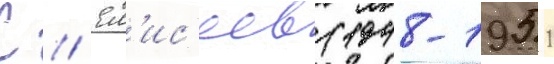
С // Ел'ис'еев (1948-1951